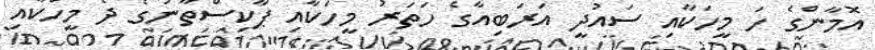
އޮމާންގެ ހަ މީހަކާއި ސައުދީ އަރަބިއާގެ ހަތަރު މީހަކާއި ޕާކިސްތާނުގެ ދެ މީހަކާއި